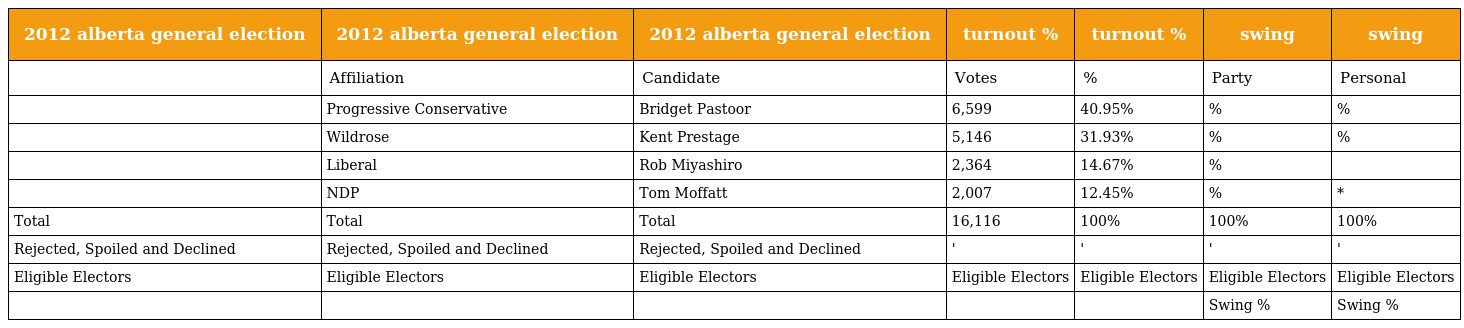
| 2012 alberta general election | 2012 alberta general election | 2012 alberta general election | turnout % | turnout % | swing | swing |
 | --- | --- | --- | --- | --- | --- | --- |
 |  | Affiliation | Candidate | Votes | % | Party | Personal |
 |  | Progressive Conservative | Bridget Pastoor | 6,599 | 40.95% | % | % |
 |  | Wildrose | Kent Prestage | 5,146 | 31.93% | % | % |
 |  | Liberal | Rob Miyashiro | 2,364 | 14.67% | % |  |
 |  | NDP | Tom Moffatt | 2,007 | 12.45% | % | * |
 | Total | Total | Total | 16,116 | 100% | 100% | 100% |
 | Rejected, Spoiled and Declined | Rejected, Spoiled and Declined | Rejected, Spoiled and Declined | ' | ' | ' | ' |
 | Eligible Electors | Eligible Electors | Eligible Electors | Eligible Electors | Eligible Electors | Eligible Electors | Eligible Electors |
 |  |  |  |  |  | Swing % | Swing % |